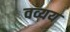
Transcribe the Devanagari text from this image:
वव्यय